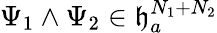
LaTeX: \Psi_{1}\wedge\Psi_{2}\in\mathfrak{h}_{a}^{N_{1}+N_{2}}